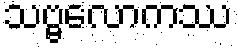
သဗ္ဗလောကဿ